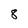
Character: 8